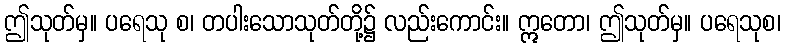
ဤသုတ်မှ။ ပရေသု စ၊ တပါးသောသုတ်တို့၌ လည်းကောင်း။ ဣတော၊ ဤသုတ်မှ။ ပရေသုစ၊